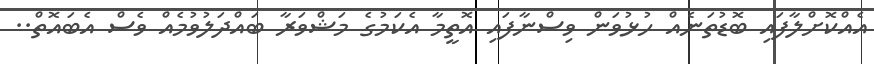
އެއްކޮށްލާފައި ބޮޑުތަނެއް ހުޅުވަން ވިސްނާފައި އޮތީމާ އެކަމުގެ މަޝްވަރާ ބައްދަލުވުމެއް ވެސް އެބައޮތް..